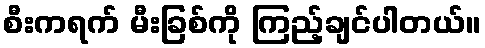
စီးကရက် မီးခြစ်ကို ကြည့်ချင်ပါတယ်။